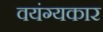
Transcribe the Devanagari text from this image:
वयंग्यकार